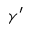
\gamma ^ { \prime }